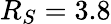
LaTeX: R_{S}=3.8